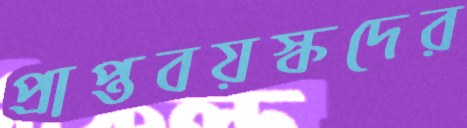
প্রাপ্তবয়স্কদের